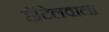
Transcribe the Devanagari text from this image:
हॉटेलवाला